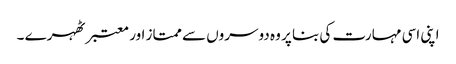
اپنی اسی مہارت کی بنا پر وہ دوسروں سے ممتاز اور معتبر ٹھہرے ۔